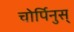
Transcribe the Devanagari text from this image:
चोर्पिनुस्